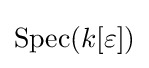
\operatorname {Spec} (k[\varepsilon ])